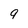
Character: 9